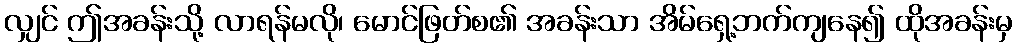
လျှင် ဤအခန်းသို့ လာရန်မလို၊ မောင်ဖြတ်စ၏ အခန်းသာ အိမ်ရှေ့ဘက်ကျနေ၍ ထိုအခန်းမှ